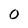
Character: 0